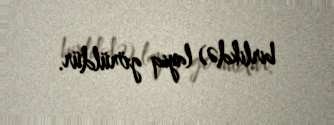
birlikdə) layiq görüldür.